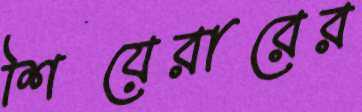
শিয়েরারের